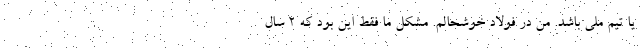
یا تیم ملی باشد. من در فولاد خوشحالم. مشکل ما فقط این بود که ۲ سال